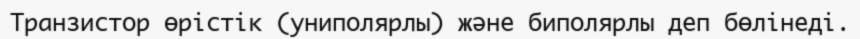
Транзистор өрістік (униполярлы) және биполярлы деп бөлінеді.